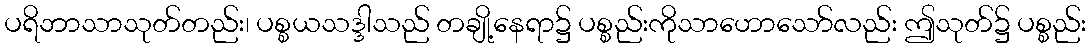
ပရိဘာသာသုတ်တည်း၊ ပစ္စယသဒ္ဒါသည် တချို့နေရာ၌ ပစ္စည်းကိုသာဟောသော်လည်း ဤသုတ်၌ ပစ္စည်း